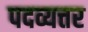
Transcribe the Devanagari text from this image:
पदव्यत्तर